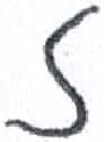
אות: ז